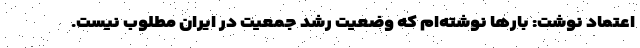
اعتماد نوشت: بارها نوشته‌ام که وضعیت رشد جمعیت در ایران مطلوب نیست.